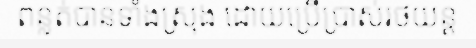
ពន្លត់បានទាំងស្រុង ដោយប្រើប្រាស់រថយន្ត